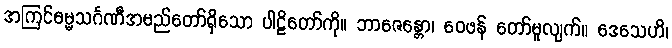
အကြင်ဓမ္မသင်္ဂဏီအမည်တော်ရှိသော ပါဠိတော်ကို။ ဘာဇေန္တော၊ ဝေဖန် တော်မူလျက်။ ဒေသေဟိ၊